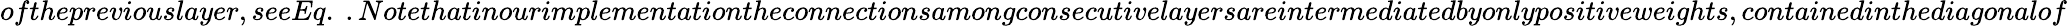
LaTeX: ofthepreviouslayer,seeEq.\ .Notethatinourimplementationtheconnectionsamongconsecutivelayersareintermediatedbyonlypositiveweights,containedinthediagonalof